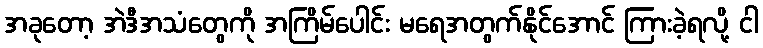
အခုတော့ အဲဒီအသံတွေကို အကြိမ်ပေါင်း မရေအတွက်နိုင်အောင် ကြားခဲ့ရလို့ ငါ